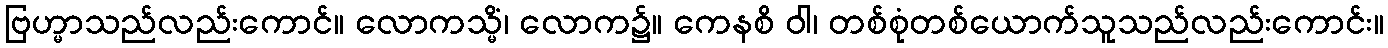
ဗြဟ္မာသည်လည်းကောင်။ လောကသ္မိံ၊ လောက၌။ ကေနစိ ဝါ၊ တစ်စုံတစ်ယောက်သူသည်လည်းကောင်း။